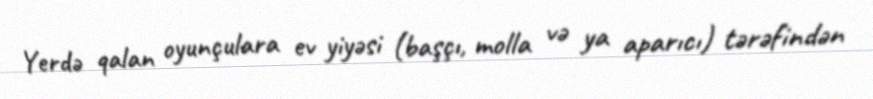
Yerdə qalan oyunçulara ev yiyəsi (başçı, molla və ya aparıcı) tərəfindən